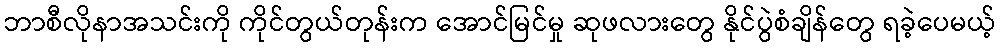
ဘာစီလိုနာအသင်းကို ကိုင်တွယ်တုန်းက အောင်မြင်မှု ဆုဖလားတွေ နိုင်ပွဲစံချိန်တွေ ရခဲ့ပေမယ့်